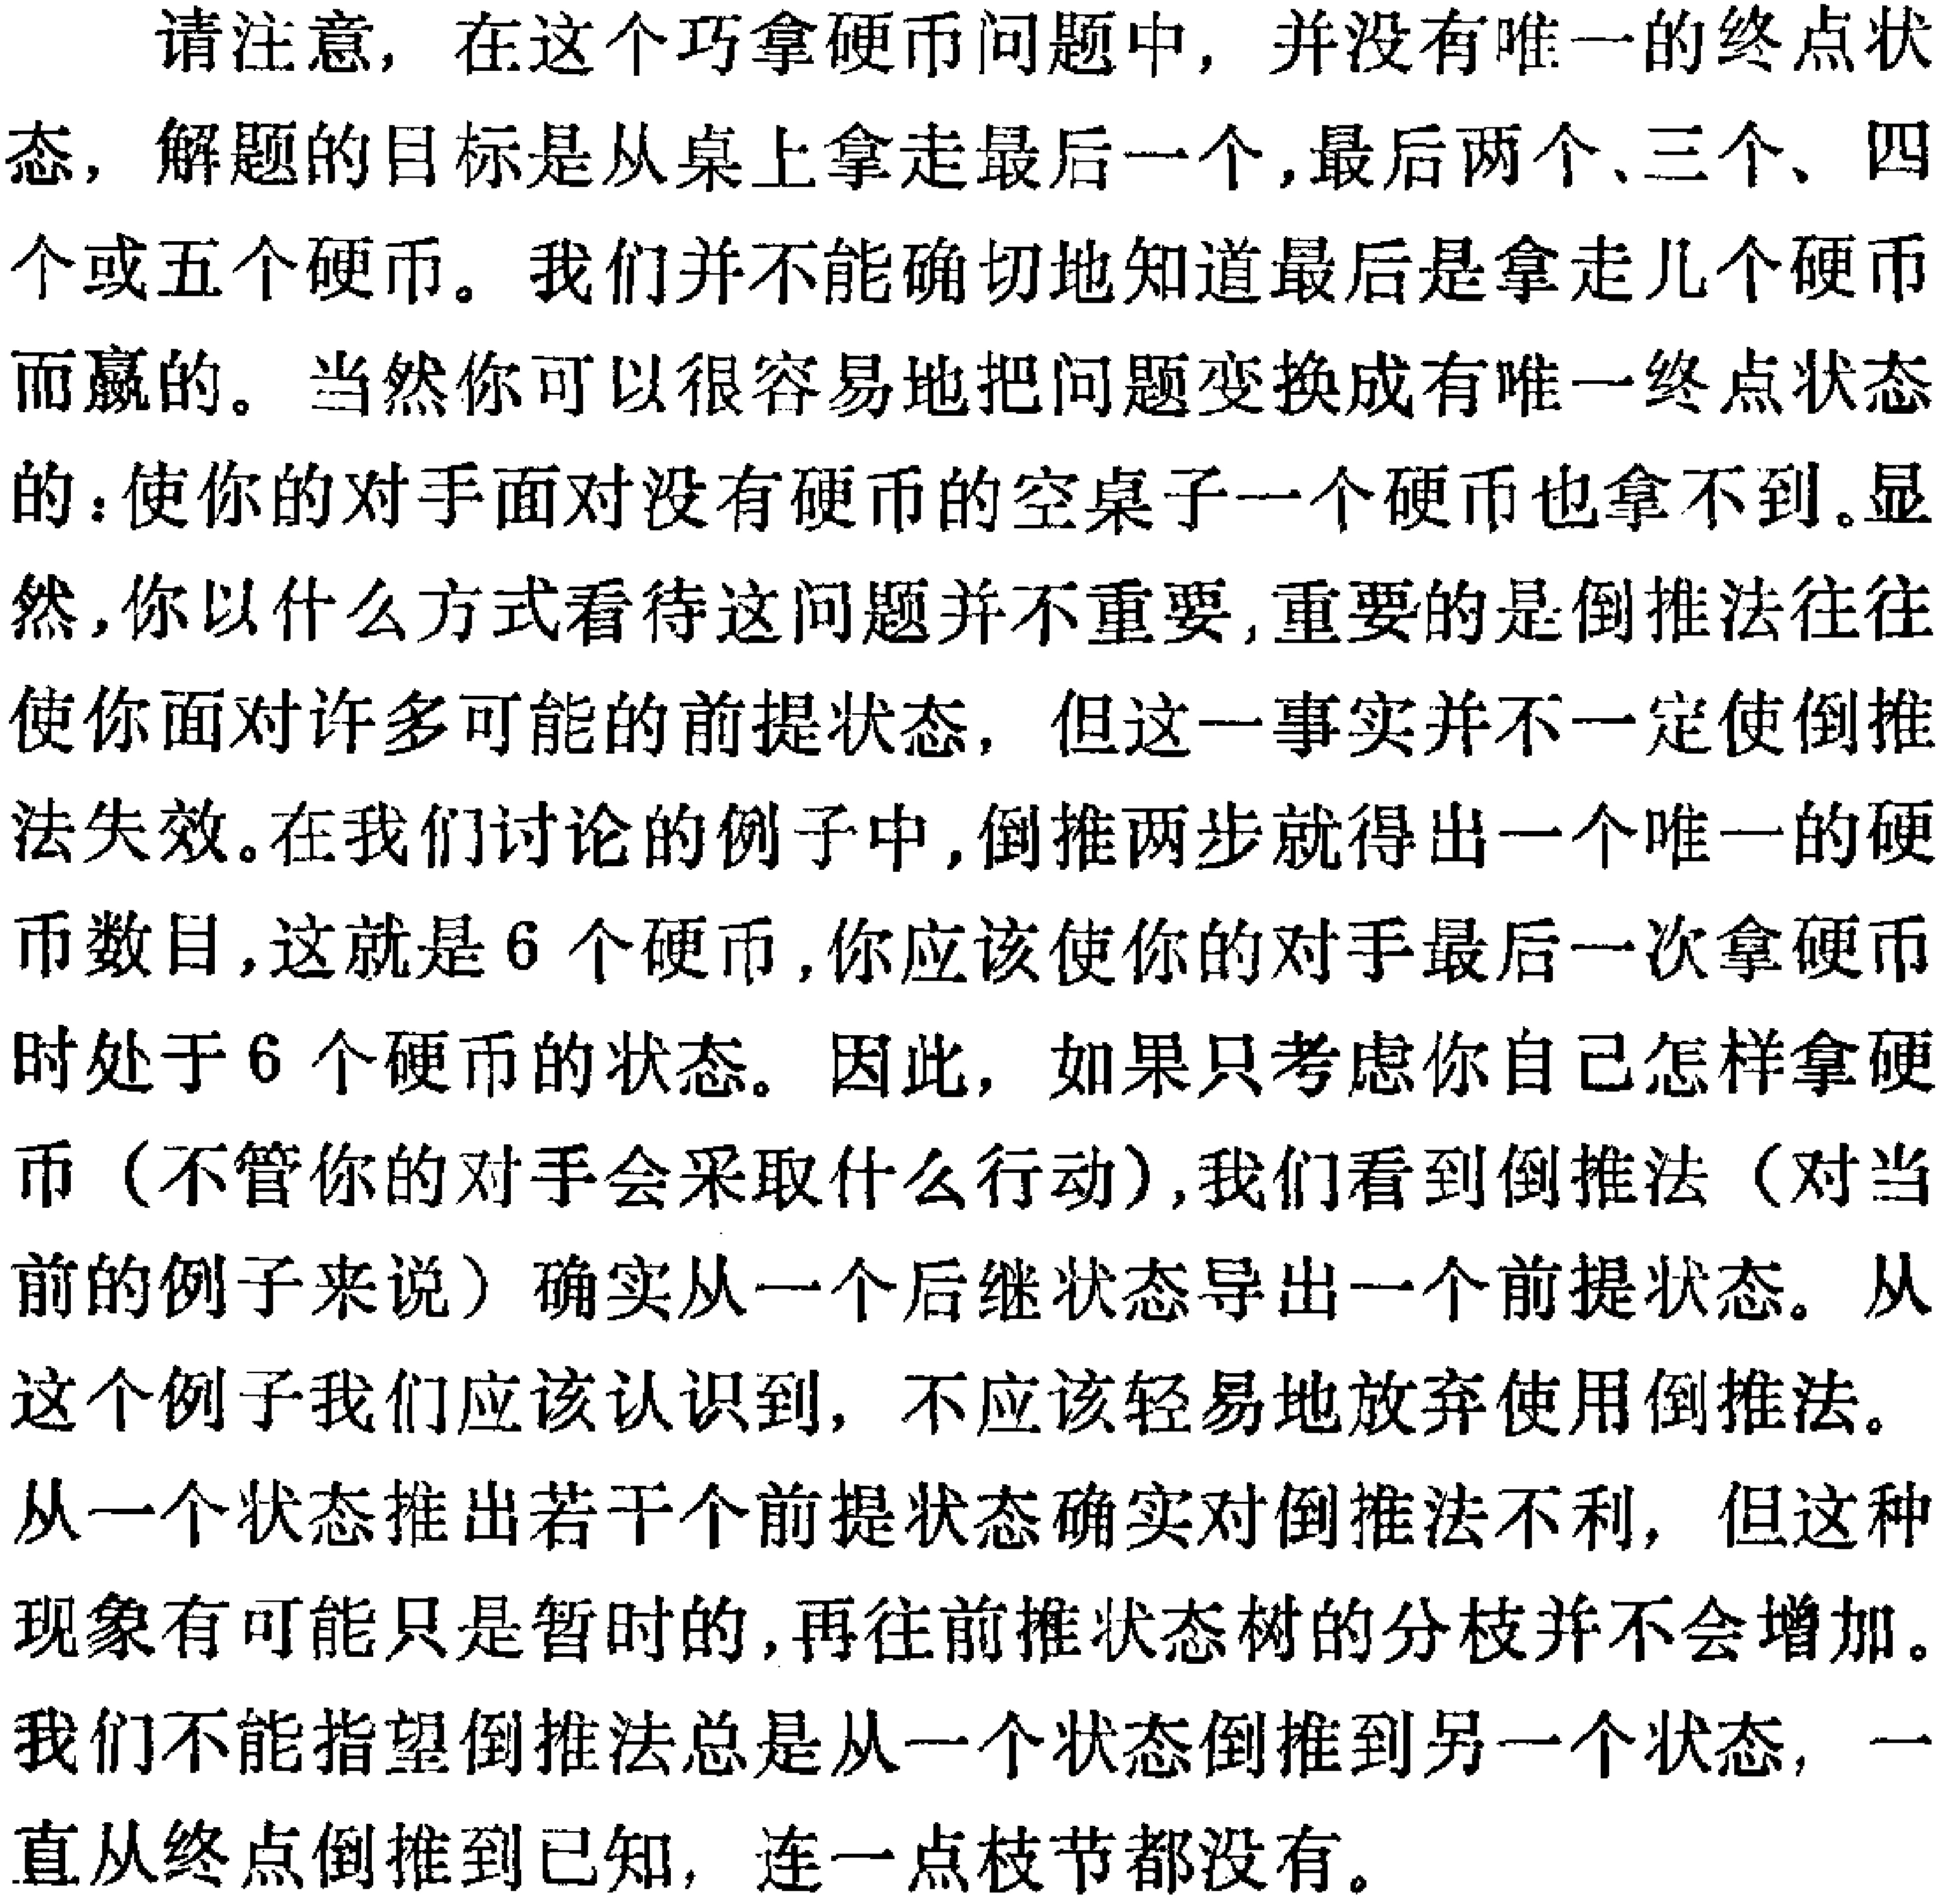
请注意，在这个巧拿硬币问题中，并没有唯一的终点状
态，解题的目标是从桌上拿走最后一个,最后两个、三个、四
个或五个硬币。我们并不能确切地知道最后是拿走几个硬币
而赢的。当然你可以很容易地把问题变换成有唯一终点状态
的：使你的对手面对没有硬币的空桌子一个硬币也拿不到。显
然,你以什么方式看待这问题并不重要,重要的是倒推法往往
使你面对许多可能的前提状态，但这一事实并不一定使倒推
法失效。在我们讨论的例子中,倒推两步就得出一个唯一的硬
币数目,这就是6个硬币,你应该使你的对手最后一次拿硬币
时处于6个硬币的状态。因此，如果只考虑你自己怎样拿硬
币（不管你的对手会采取什么行动),我们看到倒推法（对当
前的例子来说）确实从一个后继状态导出一个前提状态。从
这个例子我们应该认识到，不应该轻易地放弃使用倒推法。
从一个状态推出若干个前提状态确实对倒推法不利，但这种
现象有可能只是暂时的,再往前推状态树的分枝并不会增加。
我们不能指望倒推法总是从一个状态倒推到另一个状态,一
直从终点倒推到已知，连一点枝节都没有。